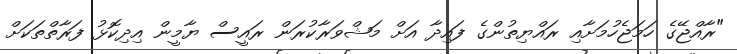
"ރާއްޖޭގެ ހަމަޖެހުމަށާއި ރައްޔިތުންގެ ފައިދާ އަށް މަޝްވަރާކުރަން ރައީސް ޔާމީން އިދިކޮޅު ފަރާތްތަކަށް